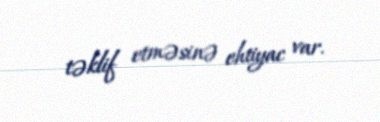
təklif etməsinə ehtiyac var.